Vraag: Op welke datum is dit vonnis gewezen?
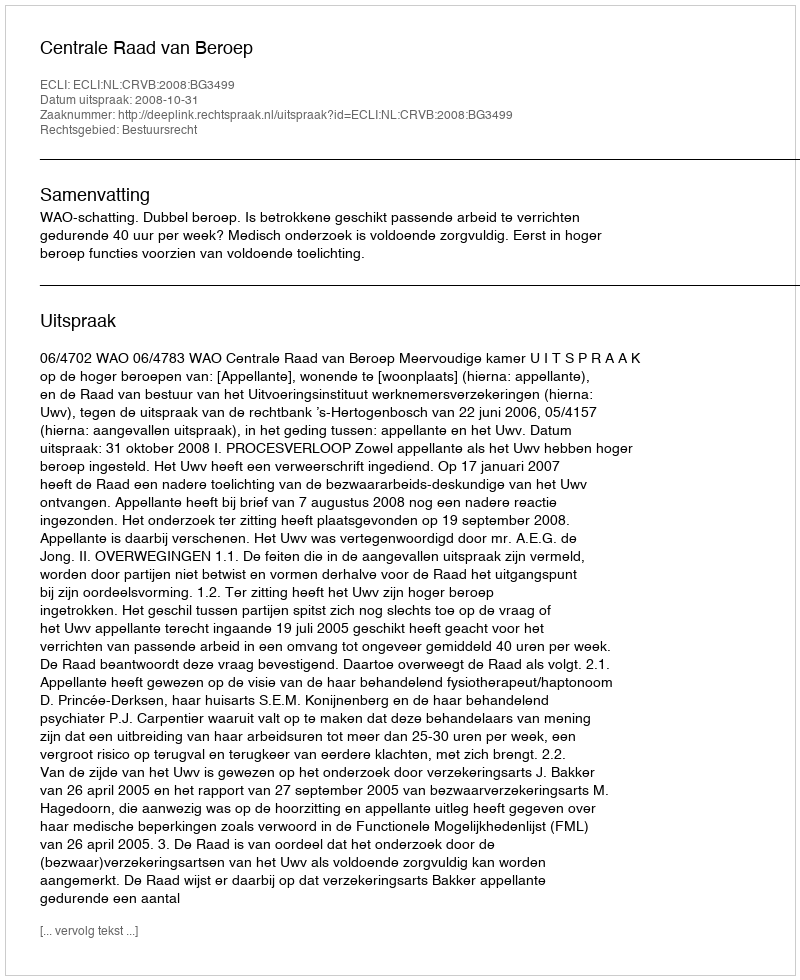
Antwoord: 2008-10-31